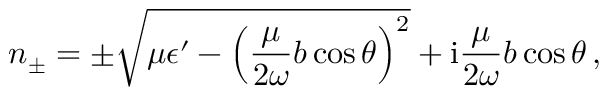
n _ { \pm } = \pm \sqrt { \mu \epsilon ^ { \prime } - \left( \frac { \mu } { 2 \omega } b \cos \theta \right) ^ { 2 } } + \mathrm { i } \frac { \mu } { 2 \omega } b \cos \theta \, ,